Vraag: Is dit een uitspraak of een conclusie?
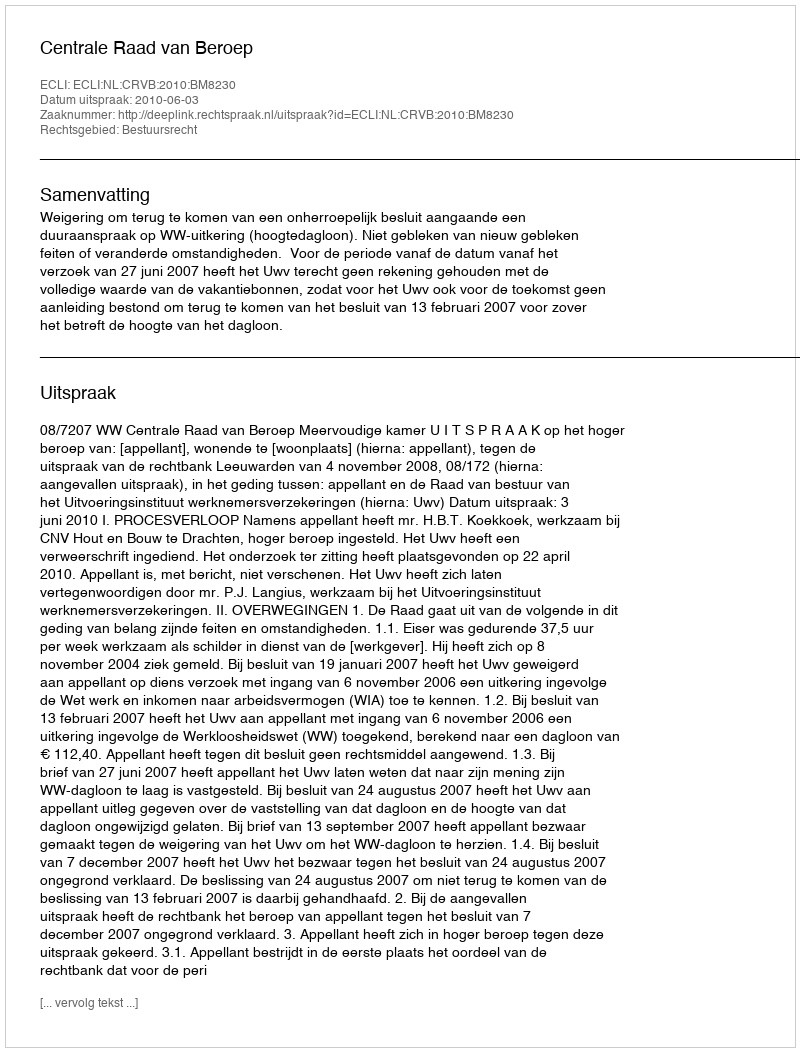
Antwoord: Uitspraak